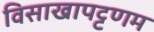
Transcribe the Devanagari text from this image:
विसाखापट्टणम